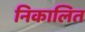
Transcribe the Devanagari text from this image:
निकालित